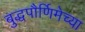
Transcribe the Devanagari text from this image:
बुद्धपौर्णिमेच्या